Indian journal of veterinary science and animal husbandry - Volume 14,
Year: 1944
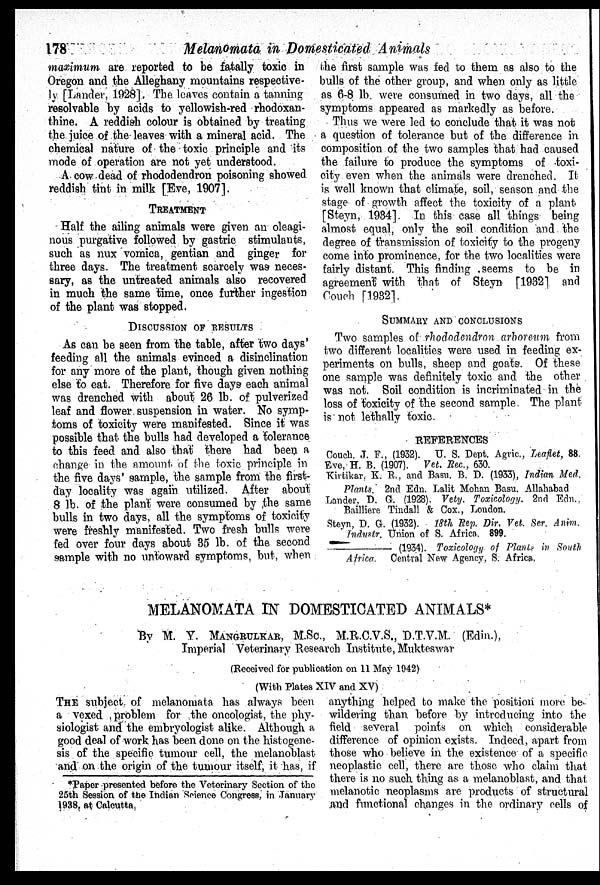
178
Melanomata in Domesticated Animals
maximum are reported to be fatally toxic in
Oregon and the Alleghany mountains respective-
ly [Lander, 1928]. The leaves contain a tanning
resolvable by acids to yellowish-red rhodoxan-
thine. A reddish colour is obtained by treating
the juice of the leaves with a mineral acid. The
chemical nature of the toxic principle and its
mode of operation are not yet understood.
A cow dead of rhododendron poisoning showed
reddish tint in milk [Eve, 1907].
TREATMENT
Half the ailing animals were given an oleagi-
nous purgative followed by gastric stimulants,
such as nux vomica, gentian and ginger for
three days. The treatment scarcely was neces-
sary, as the untreated animals also recovered
in much the same time, once further ingestion
of the plant was stopped.
DISCUSSION OF RESULTS
As can be seen from the table, after two days'
feeding all the animals evinced a disinclination
for any more of the plant, though given nothing
else to eat. Therefore for five days each animal
was drenched with about 26 lb. of pulverized
leaf and flower suspension in water. No symp-
toms of toxicity were manifested. Since it was
possible that the bulls had developed a tolerance
to this feed and also that there had been a
change in the amount of the toxic principle in
the five days' sample, the sample from the first-
day locality was again utilized. After about
8 lb. of the plant were consumed by the same
bulls in two days, all the symptoms of toxicity
were freshly manifested. Two fresh bulls were
fed over four days about 35 lb. of the second
sample with no untoward symptoms, but, when
the first sample was fed to them as also to the
bulls of the other group, and when only as little
as 6-8 lb. were consumed in two days, all the
symptoms appeared as markedly as before.
Thus we were led to conclude that it was not
a question of tolerance but of the difference in
composition of the two samples that had caused
the failure to produce the symptoms of toxi-
city even when the animals were drenched. It
is well known that climate, soil, season and the
stage of growth affect the toxicity of a plant
[Steyn, 1934]. In this case all things being
almost equal, only the soil condition and the
degree of transmission of toxicity to the progeny
come into prominence, for the two localities were
fairly distant. This finding seems to be in
agreement with that of Steyn [1932] and
Couch [1932].
SUMMARY AND CONCLUSIONS
Two samples of rhododendron arboreum from
two different localities were used in feeding ex-
periments on bulls, sheep and goats. Of these
one sample was definitely toxic and the other
was not. Soil condition is incriminated in the
loss of toxicity of the second sample. The plant
is not lethally toxic.
REFERENCES
Couch. J. F., (1932). U. S. Dept. Agric., Leaflet, 88.
Eve, H. B. (1907). Vet. Rec., 630.
Kirtikar, K. R., and Basu. B. D. (1933), Indian Med.
Plants. 2nd Edn. Lalit Mohan Basu. Allahabad
Lander, D. G. (1928). Vety. Toxicology. 2nd Edn.,
Bailliere Tindall & Cox., London.
Steyn, D. G. (1932). 18th Rep. Dir. Vet. Ser. Anim.
Industr. Union of S. Africa. 899.
—(1934).
Toxicology of Plants in South
Africa. Central New Agency, S. Africa.
MELANOMATA IN DOMESTICATED ANIMALS*
By M. Y. MANGRULKAR, M.Sc., M.R.C.V.S., D.T.V.M. (Edin.),
Imperial Veterinary Research Institute, Mukteswar
(Received for publication on 11 May 1942)
(With Plates XIV and XV)
THE subject of melanomata has always been
a vexed problem for the oncologist, the phy-
siologist and the embryologist alike. Although a
good deal of work has been done on the histogene-
sis of the specific tumour cell, the melanoblast
and on the origin of the tumour itself, it has, if
anything helped to make the position more be-
wildering than before by introducing into the
field several points on which considerable
difference of opinion exists. Indeed, apart from
those who believe in the existence of a specific
neoplastic cell, there are those who claim that
there is no such thing as a melanoblast, and that
melanotic neoplasms are products of structural
and functional changes in the ordinary cells of
*Paper presented before the Veterinary Section of the
25th Session of the Indian Science Congress, in January
1938, at Calcutta.